Report of the Municipal Commissioner on the plague in Bombay for the year ending 31st May... - Volume 1
Disease focus: Plague
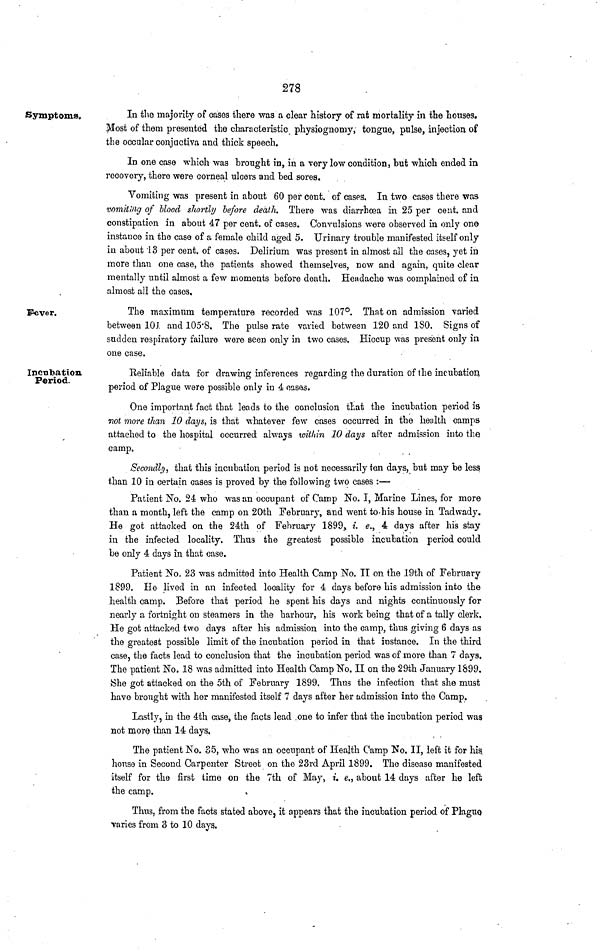
278
Symptoms,
In the majority of cases there was a clear history of rat mortality in the houses.
Most of them presented the characteristic physiognomy, tongue, pulse, injection of
the occular conjactiva and thick speech,
In one case which was brought in, in a very low condition, but which ended in
recovery, there were corneal ulcers and bed sores.
Vomiting was present in about 60 per cent, of cases. In two cases there was
vomiting of blood shortly before death. There was diarrhœa in 25 per cent, and
constipation in about 47 per cent, of cases. Convulsions were observed in only one
instance in the case of a female child aged 5. Urinary trouble manifested itself only
in about 13 per cent, of cases. Delirium was present in almost all the cases, yet in
more than one case, the patients showed themselves, now and again, quite clear
mentally until almost a few moments before death. Headache was complained of in
almost all the cases.
Fever.
The maximum temperature recorded was 107°. That on admission varied
between 101 and 105.8. The pulse rate varied between 120 and ISO. Signs of
sudden respiratory failure were seen only in two cases. Hiccup was present only in
one case.
Incubation
Period.
Reliable data for drawing inferences regarding the duration of the incubation
period of Plague were possible only in 4 cases.
One important fact that leads to the conclusion that the incubation period is
not more than 10 days, is that whatever few cases occurred in the health camps
attached to the hospital occurred always within 10 days after admission into the
camp.
Secondly, that this incubation period is not necessarily ton days, but may be less
than 10 in certain cases is proved by the following two cases :—
Patient No. 24 who was an occupant of Camp No. I, Marine Lines, for more
than a month, left the camp on 20th February, and went to-his house in Tadwady.
He got attacked on the 24th of February 1899, i. e., 4 days after his stay
in the infected locality. Thus the greatest possible incubation period could
be only 4 days in that case.
Patient No. 23 was admitted into Health Camp No. II on the 19th of February
1899. He lived in an infected locality for 4 days before his admission into the
health camp. Before that period he spent his days and nights continuously for
nearly a fortnight on steamers in the harbour, his work being that of a tally clerk.
He got attacked two days after his admission into the camp, thus giving 6 days as
the greatest possible limit of the incubation period in that instance. In the third
case, the facts lead to conclusion that the incubation period was of more than 7 days.
The patient No. 18 was admitted into Health Camp No. II on the 29th January 1899.
She got attacked on the 5th of February 1899. Thus the infection that she must
have brought with her manifested itself 7 days after her admission into the Camp.
Lastly, in the 4th case, the facts lead .one to infer that the incubation period was
not more than 14 days,
The patient No. 35, who was an occupant of Health Camp No. II, left it for his,
house in Second Carpenter Street on the 23rd April 1899. The disease manifested
itself for the first time on the 7th of May, i. e., about 14 days after he left
the camp.
Thus, from the facts stated above, it appears that the incubation period of Plaguo
varies from 3 to 10 days.